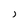
Character: j